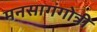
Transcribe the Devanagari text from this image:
मनसागंगोत्री